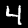
Label: 4